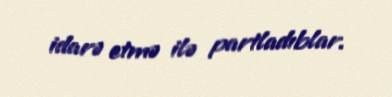
idarə etmə ilə partladıblar.